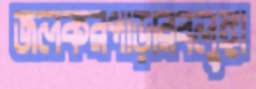
জলকরপাড়ারবলুঙ্গা